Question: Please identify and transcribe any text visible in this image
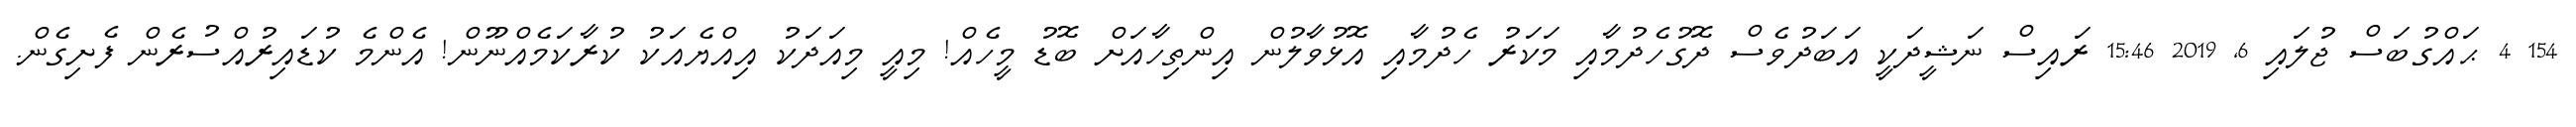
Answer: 154 4 ޙައްގުބަސް ޖުލައި 6, 2019 15:46 ރައިސް ނަޝީދަކީ އަބަދުވެސް ދޮގުހެދުމާއި މަކަރު ހެދުމާއި އޮޅުވާލުން އިންތިހާއަށް ބޮޑު މީހެއް! މިއީ މިއަދަކު އިއްޔެއަކު ކުރާކަމެއްނޫން! އެންމެ ކުޑައިރުއްސުރެން ފެށިގެން.